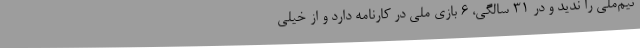
تیم‌ملی را ندید و در 31 سالگی، 6 بازی ملی در کارنامه دارد و از خیلی